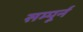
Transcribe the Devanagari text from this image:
सम्पूर्न